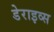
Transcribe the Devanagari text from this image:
डेराइव्स